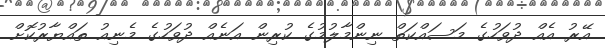
އޭރު އެއް ދުވަހުގެ މަސައްކަތް ނިންމާލުމުގެ ކުރިން އަނެއް ދުވަހުގެ މެނިއު ތައްޔާރުކޮށް